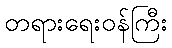
တရားရေးဝန်ကြီး